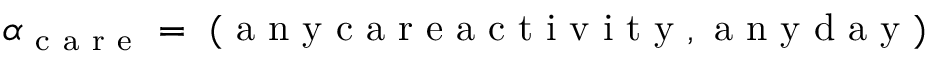
\alpha _ { \mathrm { ~ c ~ a ~ r ~ e ~ } } = \mathrm { ~ ( ~ a ~ n ~ y ~ c ~ a ~ r ~ e ~ a ~ c ~ t ~ i ~ v ~ i ~ t ~ y ~ , ~ a ~ n ~ y ~ d ~ a ~ y ~ ) ~ }